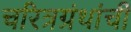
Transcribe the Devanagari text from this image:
चरित्रग्रंथांची